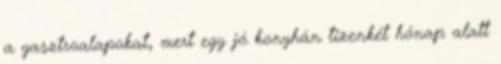
a gasztroalapokat, mert egy jó konyhán tizenkét hónap alatt